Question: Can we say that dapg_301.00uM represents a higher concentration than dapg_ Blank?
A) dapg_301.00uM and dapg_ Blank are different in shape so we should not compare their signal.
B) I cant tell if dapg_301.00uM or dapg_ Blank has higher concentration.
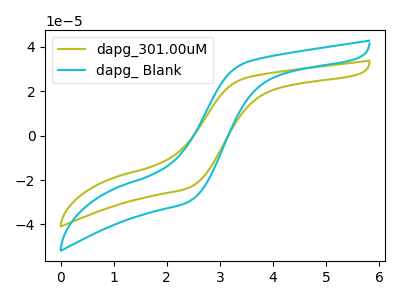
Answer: <think>The olive curve "dapg_301.00uM" has no peaks. The cyan curve "dapg_ Blank" has no peaks.
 Neither "dapg_301.00uM" or "dapg_ Blank" have any peaks.</think>
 <answer>B) I cant tell if "dapg_301.00uM" or "dapg_ Blank" has higher concentration.</answer>
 <eval>B</eval>